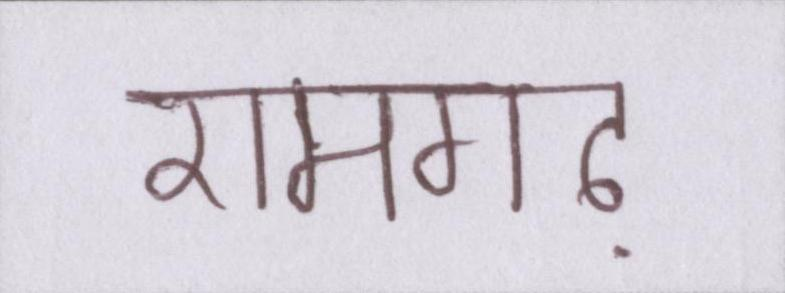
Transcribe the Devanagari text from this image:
रामगढ़